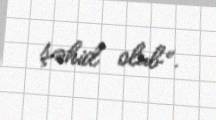
şəhid olub”.